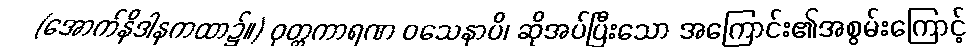
(အောက်နိဒါနကထာ၌။) ဝုတ္တကာရဏ ဝသေနာပိ၊ ဆိုအပ်ပြီးသော အကြောင်း၏အစွမ်းကြောင့်